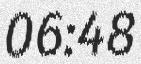
06:48